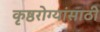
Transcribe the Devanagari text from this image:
कृष्ठरोग्यांसाठी